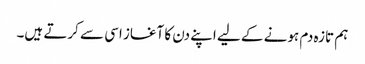
ہم تازہ دم ہونے کے لیے اپنے دن کا آغاز اسی سے کرتے ہیں۔